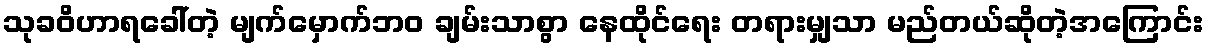
သုခဝိဟာရခေါ်တဲ့ မျက်မှောက်ဘဝ ချမ်းသာစွာ နေထိုင်ရေး တရားမျှသာ မည်တယ်ဆိုတဲ့အကြောင်း